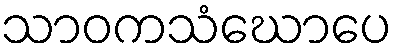
သာဝကသံဃောပေ